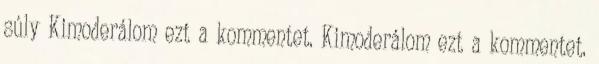
súly Kimoderálom ezt a kommentet. Kimoderálom ezt a kommentet.